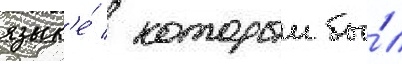
язык'е́ / которыи бы́л